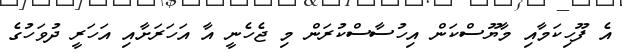
އެ ފޫހިކަމާއި މާޔޫސްކަން އިހުސާސްކުރަން މި ޖެހެނީ އާ އަހަރަށާއި އަހަރީ ދުވަހުގެ